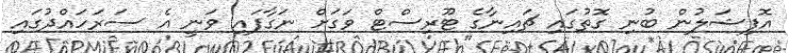
އޮފިޝަލުން ބުނި ގޮތުގައި ޗައިނާގެ ޓޫރިސްޓް ވަގަށް ނަގާފައި ވަނީ އެ ސަރަހައްދުގައި